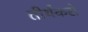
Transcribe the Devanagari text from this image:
तीर्थंकरो